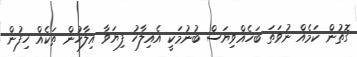
ގޮތުން ކަމެއް ނުވަތަ ބަހެއްވިޔަސް ބުނުމަކީ އެއިލާހު ފިޔަވާ އިލާހުން ތަކެއް ހިފުން